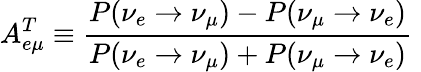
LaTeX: A_{e\mu}^{T}\equiv\frac{P(\nu_{e}\rightarrow\nu_{\mu})-P(\nu_{\mu}\rightarrow\nu_{e})}{P(\nu_{e}\rightarrow\nu_{\mu})+P(\nu_{\mu}\rightarrow\nu_{e})}\;